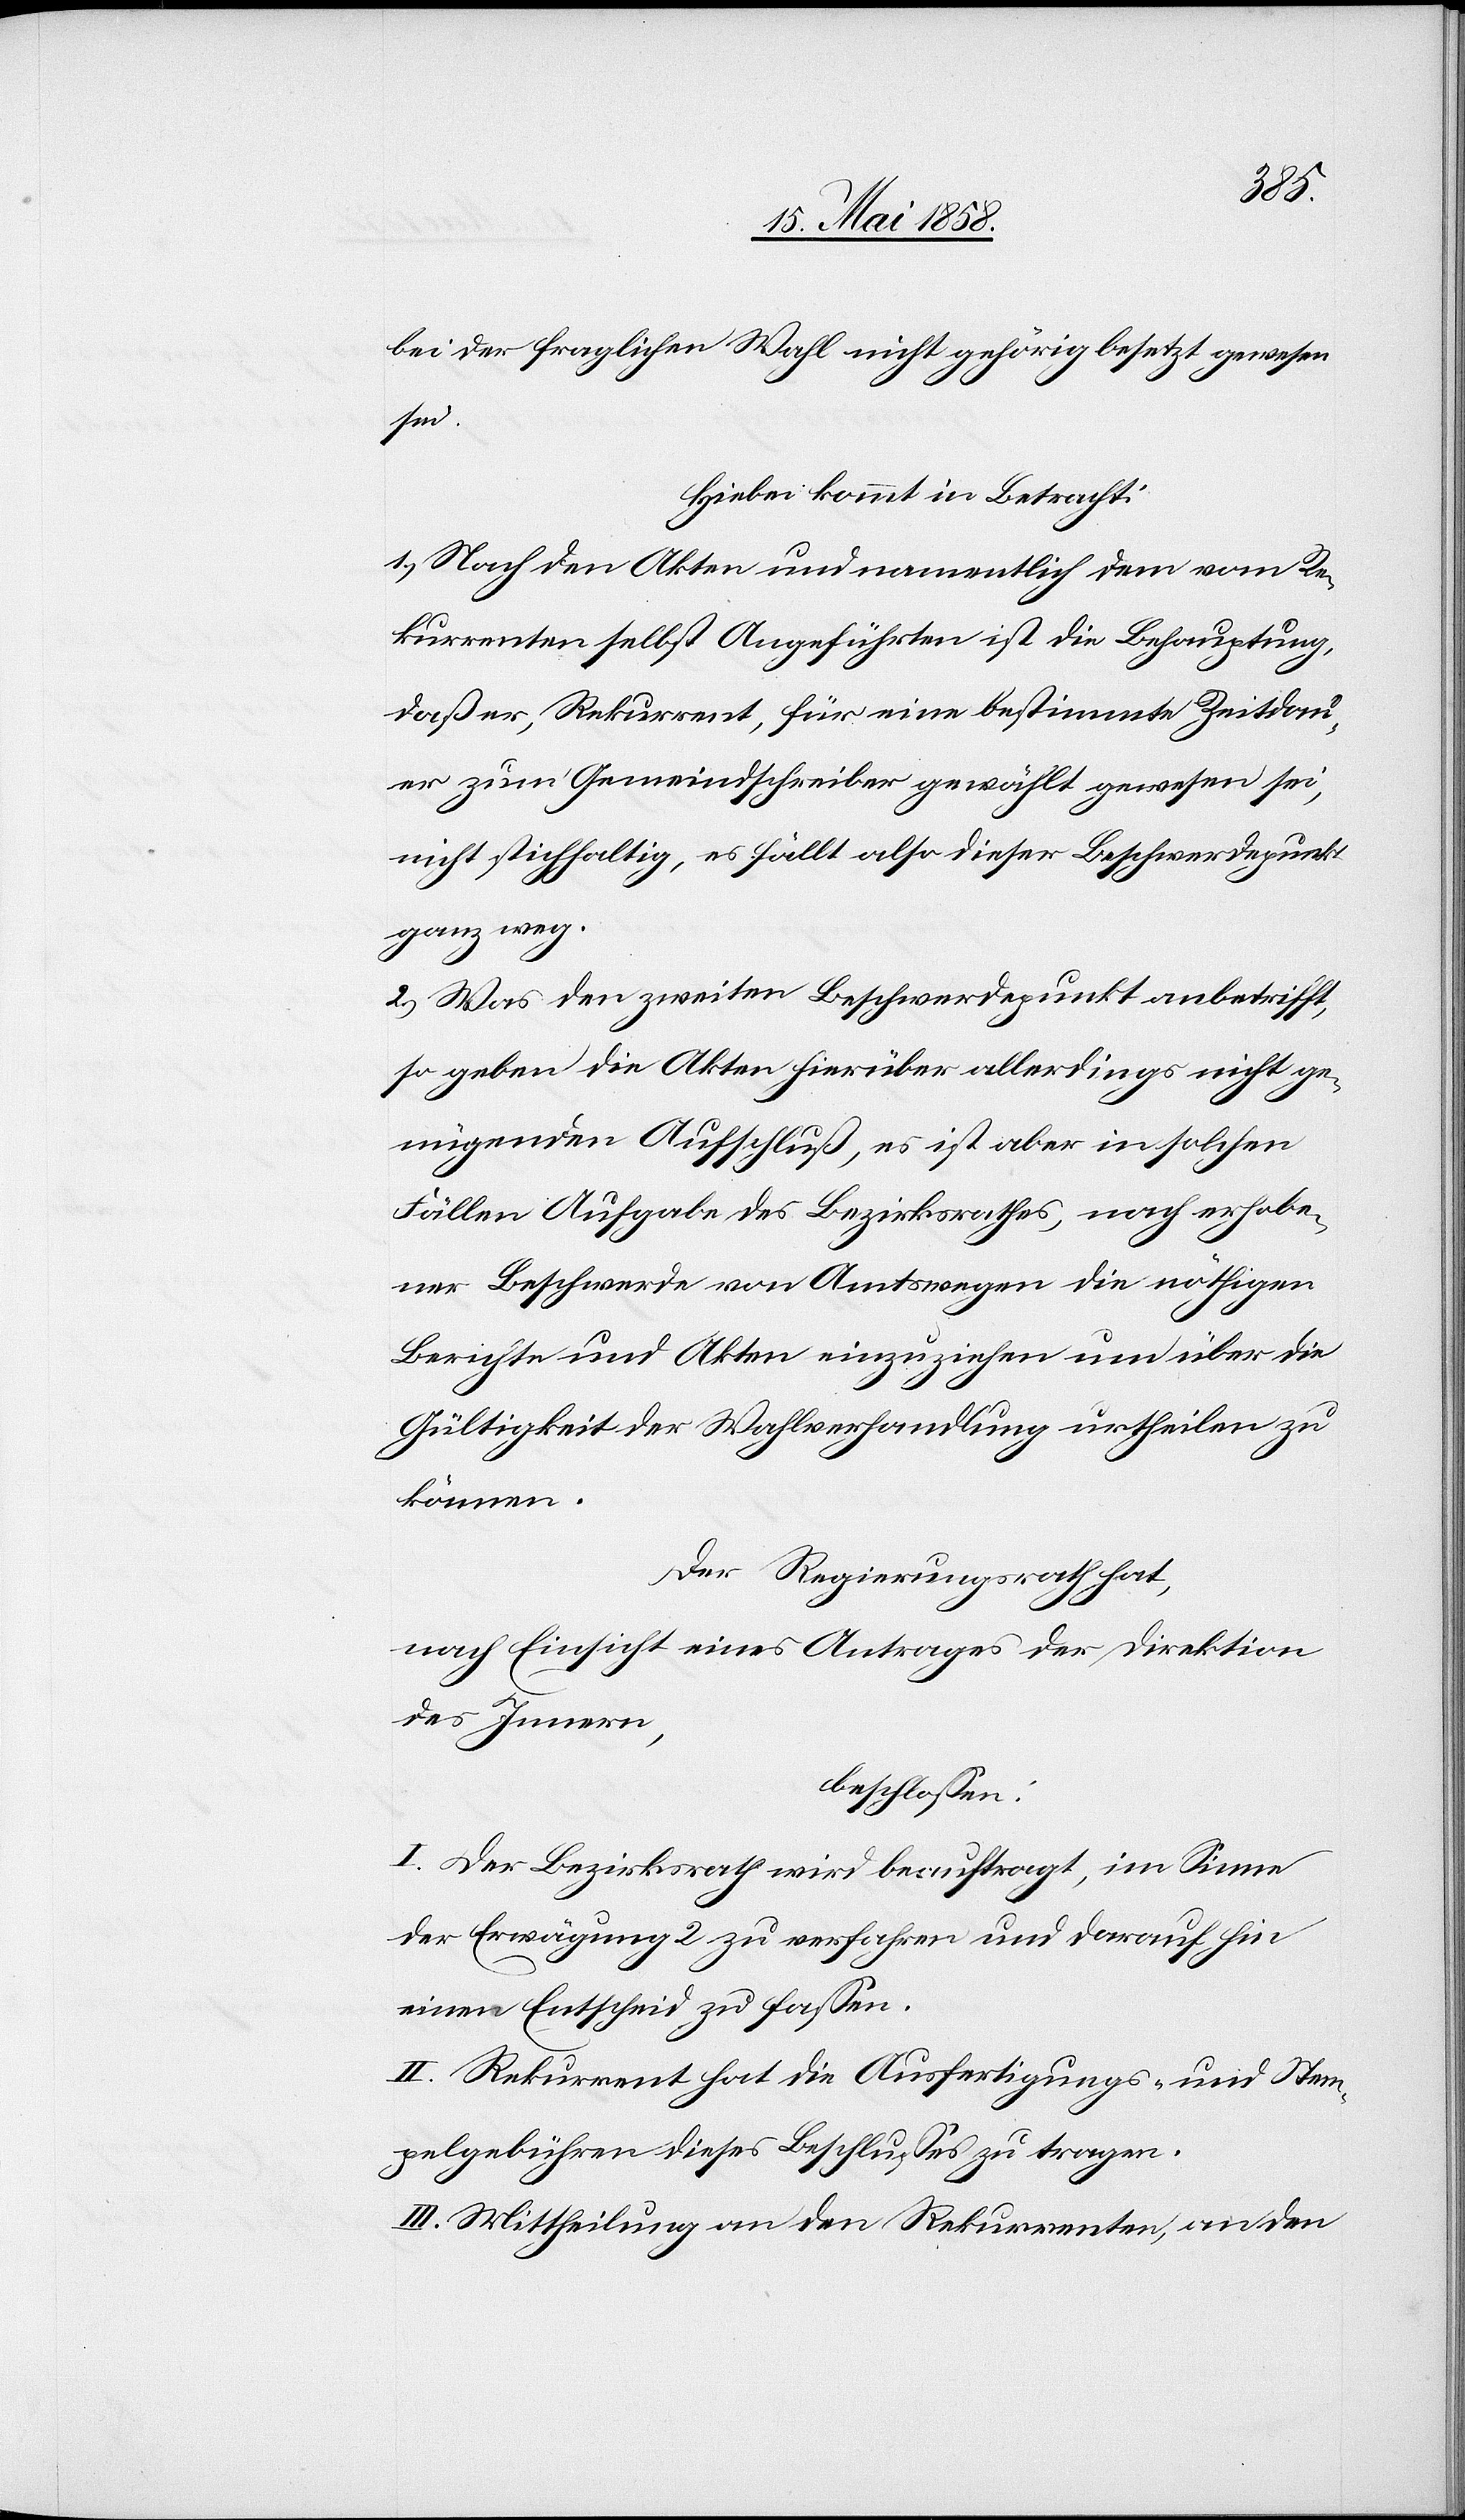
bei der fraglichen Wahl nicht gehörig besetzt gewesen
sei.
Hiebei kommt in Betracht:
1) Nach den Akten und namentlich dem vom Re¬
kurrenten selbst Angeführten ist die Behauptung,
daß er, Rekurrent, für eine bestimmte Zeitdau¬
er zum Gemeindschreiber gewählt gewesen sei,
nicht stichhaltig, es fällt also dieser Beschwerdepunkt
ganz weg.
2) Was den zweiten Beschwerdepunkt anbetrifft,
so geben die Akten hierüber allerdings nicht ge¬
nügenden Aufschluß, es ist aber in solchen
Fällen Aufgabe des Bezirksrathes, nach erhobe¬
ner Beschwerde von Amtswegen die nöthigen
Berichte und Akten einzuziehen um über die
Gültigkeit der Wahlverhandlung urtheilen zu
können.
Der Regierungsrath hat,
nach Einsicht eines Antrages der Direktion
des Innern,
beschlossen:
I. Der Bezirksrath wird beauftragt, im Sinne
der Erwägung 2 zu verfahren und darauf hin
einen Entscheid zu fassen.
II. Rekurrent hat die Ausfertigungs- und Stem¬
pelgebühren dieses Beschlusses zu tragen.
III. Mittheilung an den Rekurrenten, an den